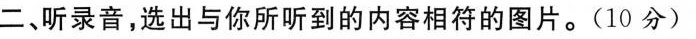
二、听录音，选出与你所听到的内容相符的图片。(10分)